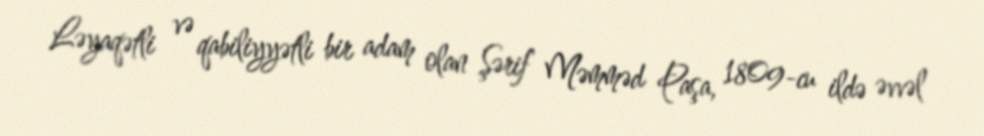
Ləyaqətli və qabiliyyətli bir adam olan Şərif Məmməd Paşa, 1809-cu ildə əvvəl